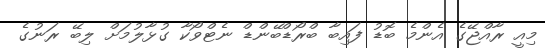
މިއީ ރާއްޖޭގެ އެންމެ ބޮޑު ފައިބާ ބްރޯޑްބޭންޑް ނެޓްވޯކާ ގުޅާލުމަށް ލިބޭ ރަނުގެ